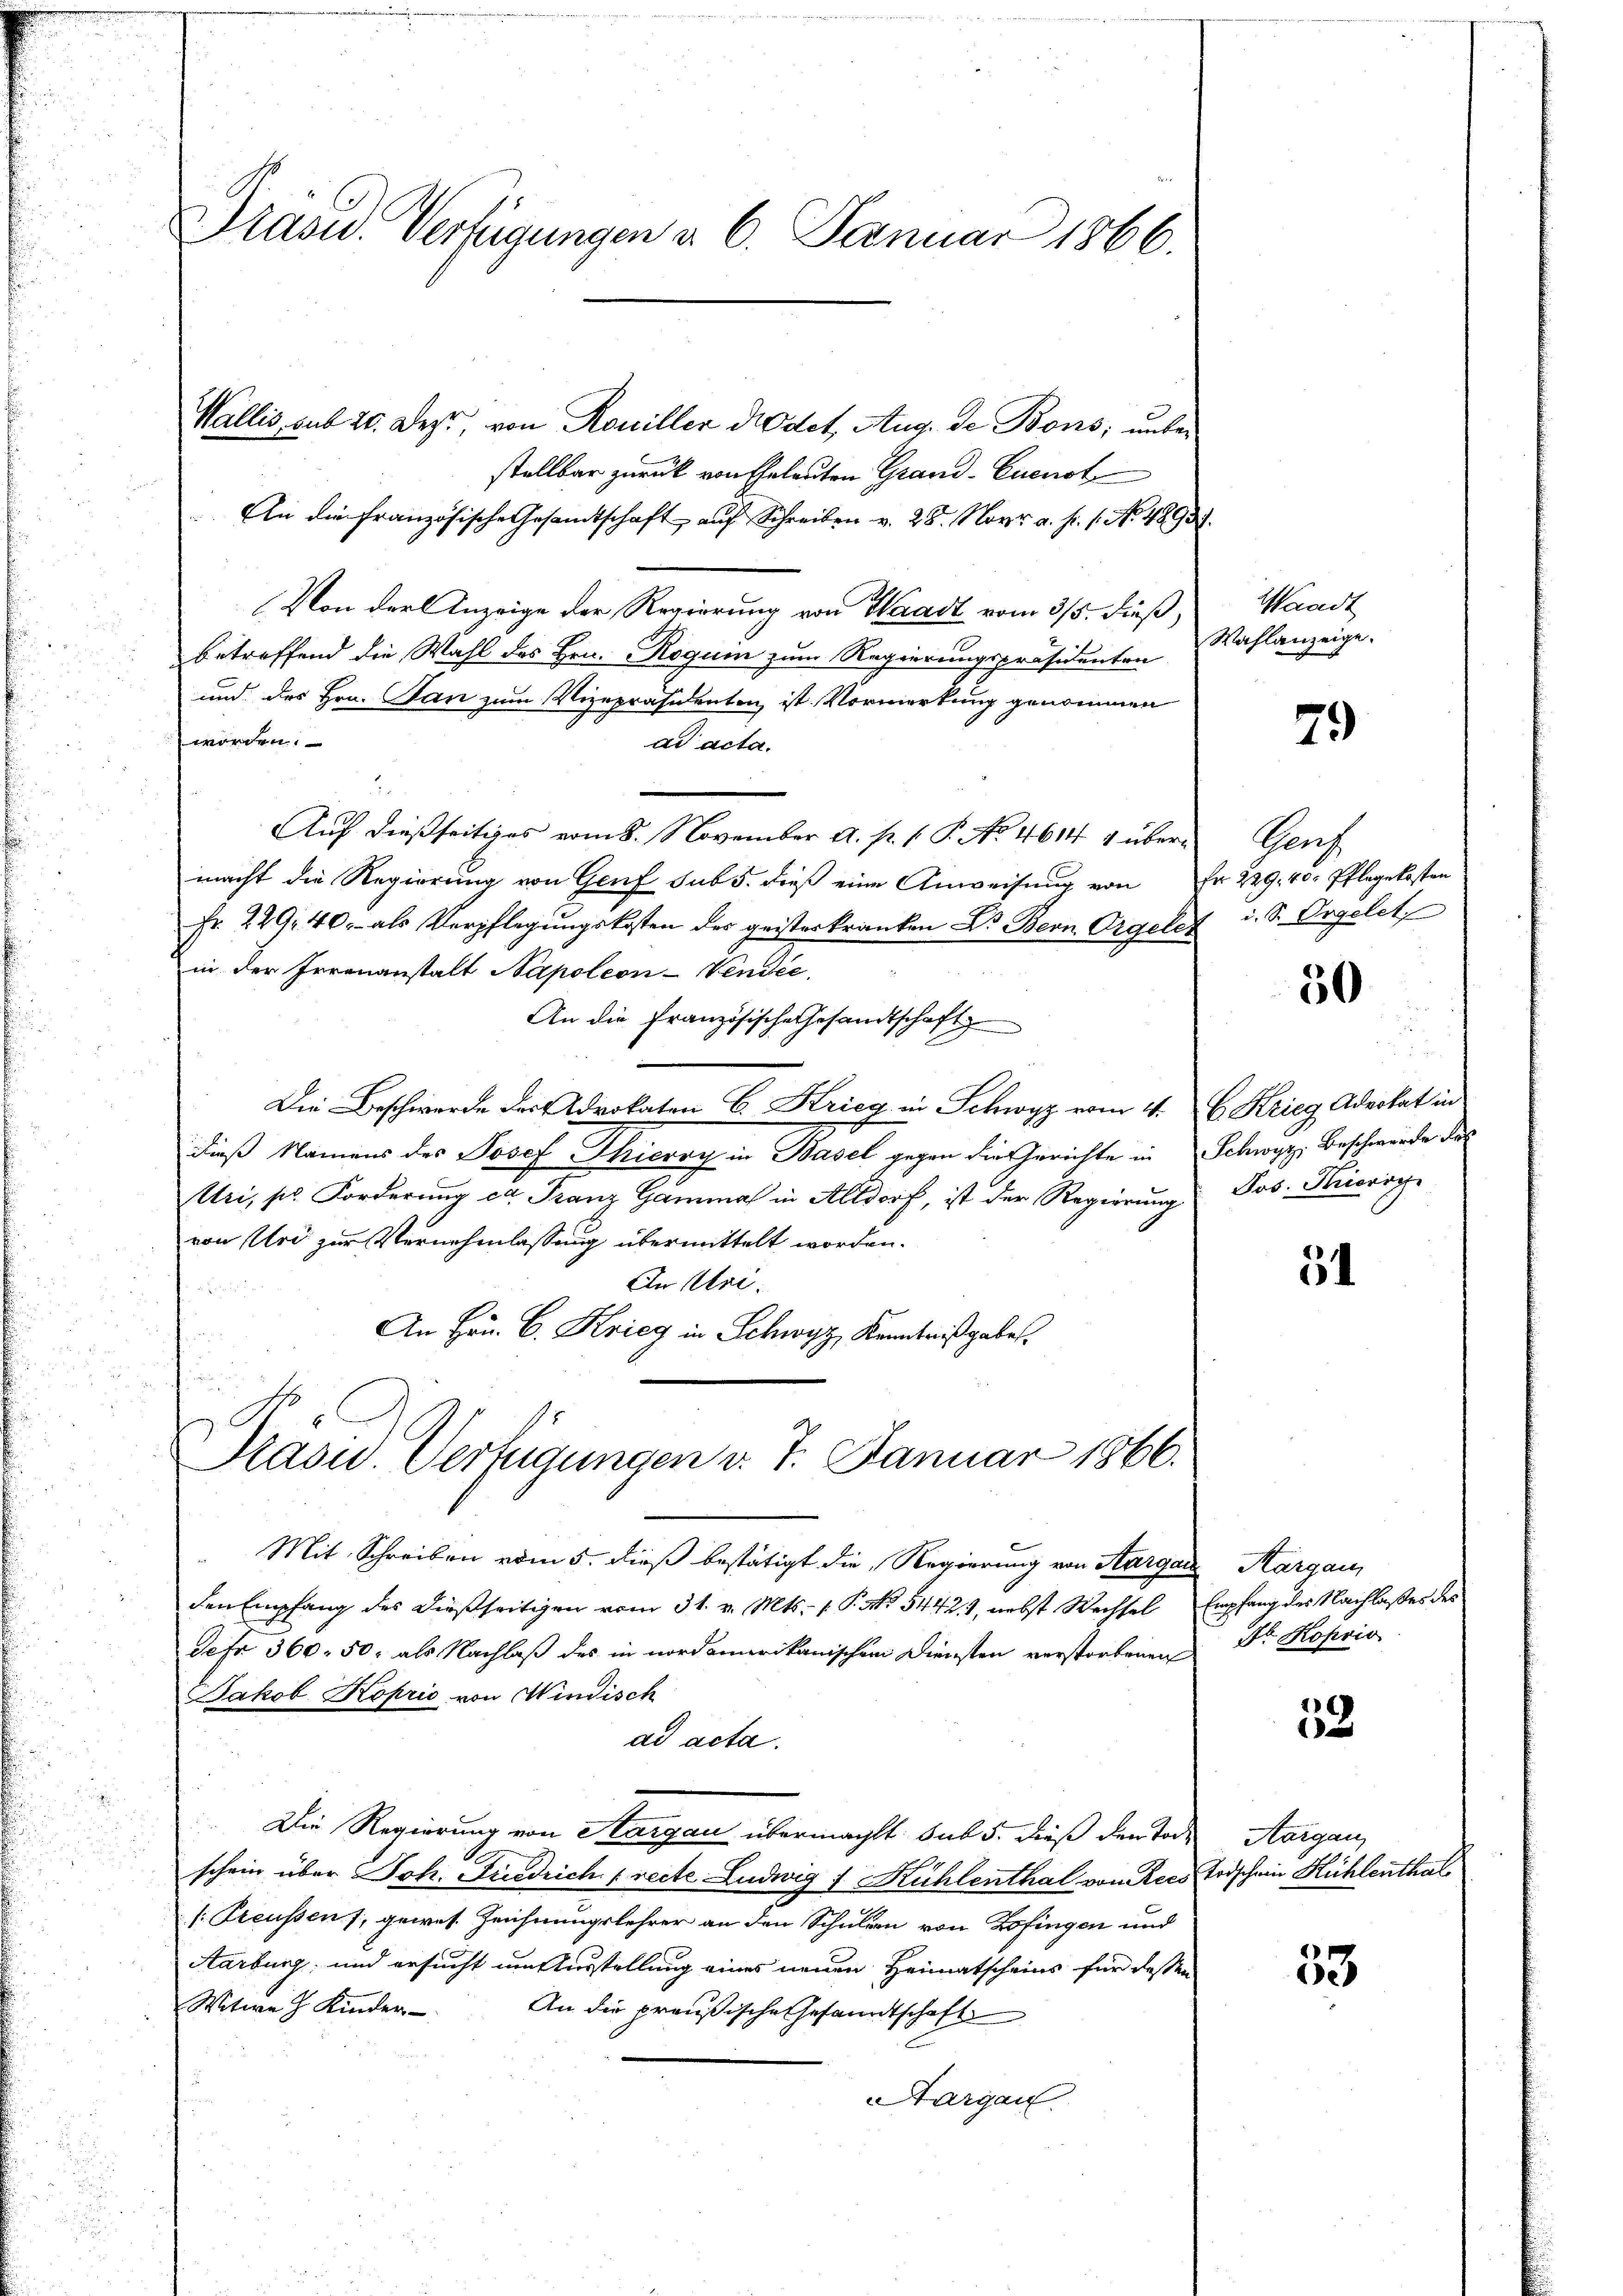
Prasid. Verfügungen d. 6. Januar 1866.

Wallis, sub 20. Deze, von Rouiller Nodet. Aug. de Bons; unbestellbar zurück von Eheleuten Grand-Euenst
An die französische Gesamtschaft auf Schreiben v. 28. Nov. a. p. 1. No. 4893.
Von der Anzeige der Regierung von Waadt vom 3/5. dieß,
betreffend die Wahl des Hrn. Rogum zum Regierungspräsidenten
und des Hrn. San zum Vizepräsidenten ist. Vormerkung genommen
worden.
ad acta.
Auf dießseitiges vom 8. November a. p. 1. P. No. 4614 4 übermacht die Regierung von Genf sub 5. dieß eine Anweisung von Fr. 229. 40. Pflegekosten
Fr. 229, 40.- als Verpflegungskosten des geisterkranken Dr. Bern Orgeles
in der Irrenanstalt Napoleon-Vendie
An die Französische Gesandtschaft
Die Beschwerde der Advokaten C. Krieg in Schwyz vom 4. C. Krieg Advokat in
dieß Namens des Josef Thieroy in Basel gegen die Gerichte in Schwyz, Beschwerde des
Uri, pr. Forderŭng ex Franz Gamma in Altdorf, ist der Regierŭng Jos. Hierig
von Uri zur Vernehmlassung übermittelt worden.
In Uri.
An Hrn. C. Krieg in Schwyz, Kenntnißgabe

Pasu. Verfügungen v. 7. Januar 1866.

Mit Schreiben vom 5. dieß bestätigt die Regierung von Aargare Margau,
den Empfang des dießseitigen vom 31. v. Mts. v. P. Nr. 5442), nebst Wechsel Empfang des Nachlaßes des
fr 360. 50 als Nachlaß des in nordamerikanischen Diensten verstorbenen Dr. Kopi
Jakob Koprio von Windisch
ad acta.
Die Regierung von Sargau übermacht. sub 5. dieß den Todes Aargau,
schein über Joh. Friedrich [recte Ludwig 1 Kühlenthal von Recs Todschein Kühlenthal
[: Preussens, gewes. Zeichnungslehrer an den Schulden von Zofingen und
Aarburg, und ersucht um Ausstellung eines neuen Heimatscheins für dessen
Witwe J. Kinder-
An die preußische Gesandtschaft
Aargau

Waadt
Wahlanzeige.

79

Ganz
i. S. Orgelet

50

54

52

53